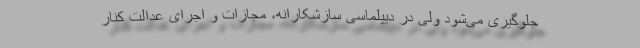
جلوگیری می‌شود ولی در دیپلماسی سازشکارانه، مجازات و اجرای عدالت کنار